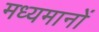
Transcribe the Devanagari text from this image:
मध्यमानों